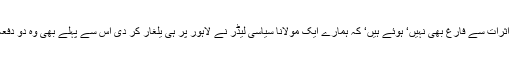
ابھی تک عوام سابق وزیر اعظم کی اس ریلی کے نامعلوم دوررس اثرات سے فارغ بھی نہیں‘ ہوئے ہیں‘ کہ ہمارے ایک مولانا سیاسی لیڈر نے لاہور پر ہی یلغار کر دی اس سے پہلے بھی وہ دو دفعہ اسلام آباد میں فروکش ہو کر اپنی طاقت کا مظاہرہ کر چکے ہیں۔